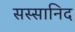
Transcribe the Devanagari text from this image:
सस्सानिद